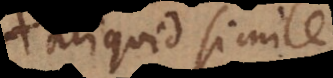
aliquid simile